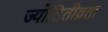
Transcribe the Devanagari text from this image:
ज्योतितीव्रता